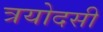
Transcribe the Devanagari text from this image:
त्रयोदसी